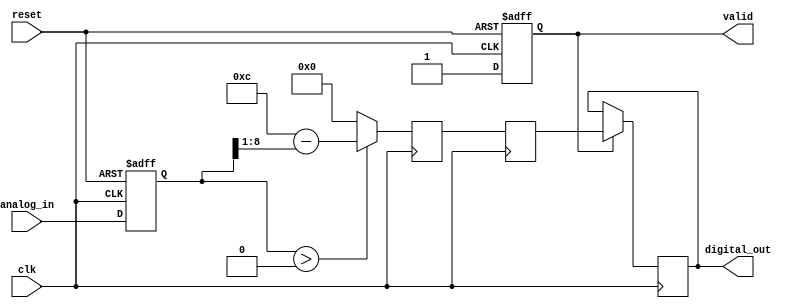
module LogarithmicADC (
    input wire clk,                // Clock signal
    input wire reset,              // Reset signal
    input wire [N-1:0] analog_in,  // Analog input (N bits)
    output reg [M-1:0] digital_out, // Digital output (M bits)
    output reg valid               // Valid output signal
);
    parameter N = 12; // Number of input bits (resolution of the analog input)
    parameter M = 8;  // Number of output bits (resolution of the digital output)

    // Internal signals
    reg [N-1:0] sampled_analog;     // Sampled analog signal
    reg [N-1:0] log_output;          // Output of logarithmic converter
    reg [M-1:0] quantized_value;     // Quantized value after ADC process

    // Sample and hold circuit
    always @(posedge clk or posedge reset) begin
        if (reset) begin
            sampled_analog <= 0;
            valid <= 0;
        end else begin
            // Sample the input signal (simplified for example purposes)
            sampled_analog <= analog_in;
            valid <= 1; // Signal that new data is valid
        end
    end

    // Logarithmic conversion (simplified model)
    always @(posedge clk) begin
        // Logarithmic conversion (placeholder implementation)
        // This should ideally be replaced with an actual logarithmic function implementation
        log_output <= (sampled_analog > 0) ? (N - (sampled_analog >> 1)) : 0; // Simple log approximation
    end

    // Quantization process
    always @(posedge clk) begin
        // Quantization (simple rounding example)
        quantized_value <= log_output[M-1:0];  // Truncate to M bits
    end

    // Digital output register
    always @(posedge clk) begin
        if (valid) begin
            digital_out <= quantized_value; // Output the quantized value
        end
    end

endmodule